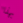
بهذا